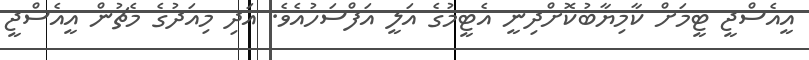
އީއެސްޖީ ޓީމަށް ކާމިޔާބުކޮށްދިނީ އެޓީމުގެ އަލީ އަފްސަހުއެވެ. އަދި މިއަދުގެ މެޗުން އީއެސްޖީ